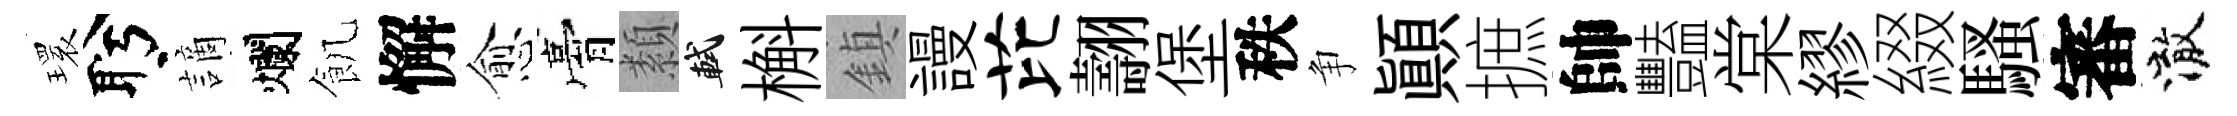
𤨔盻謫爛飢懈愈膏纇軾槲鎮謾芘翿堡秩争顚摭帥豔棠繆綴騷審澈